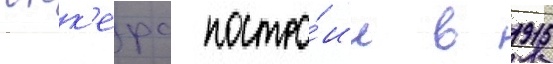
юнк'ерс постро́ил в 1915